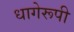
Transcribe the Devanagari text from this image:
धागेरूपी